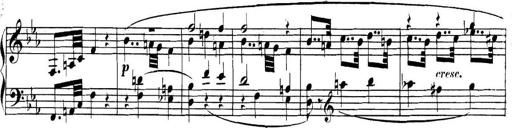
Title: Collected Piano Sonatas
Composer: Muzio Clementi